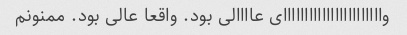
وااااااااااااااااااااااای عاااالی بود. واقعا عالی بود. ممنونم